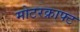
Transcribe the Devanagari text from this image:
मोटरक्राफ्ट